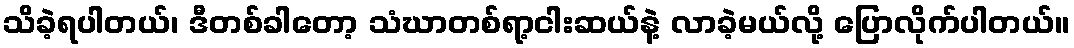
သိခဲ့ရပါတယ်၊ ဒီတစ်ခါတော့ သံဃာတစ်ရာ့ငါးဆယ်နဲ့ လာခဲ့မယ်လို့ ပြောလိုက်ပါတယ်။